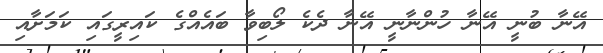
އޭނާ ބުނީ އޭނާ ހުންނާނީ އޭނާ ދެކެ ލޯބިވާ ބައެއްގެ ކައިރީގައި ކަމަށާއި